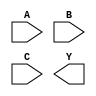
module sky130_fd_sc_ms__nor3 (
    //# {{data|Data Signals}}
    input  A,
    input  B,
    input  C,
    output Y
);

    // Voltage supply signals
    supply1 VPWR;
    supply0 VGND;
    supply1 VPB ;
    supply0 VNB ;

endmodule